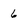
Character: 6